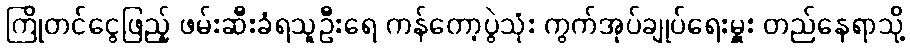
ကြိုတင်ငွေဖြည့် ဖမ်းဆီးခံရသူဦးရေ ကန်တော့ပွဲသုံး ကွက်အုပ်ချုပ်ရေးမှူး တည်နေရာသို့